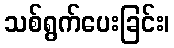
သစ်ရွက်ပေးခြင်း၊